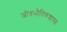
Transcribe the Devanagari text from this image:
जीवभौतिकशास्त्र